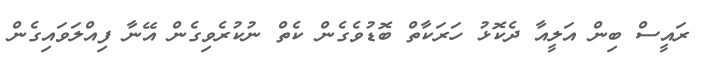
ރައީސް ބިން އަލީއާ ދެކޮޅު ހަރަކާތް ބޮޑުވެގެން ކެތް ނުކުރެވިގެން އޭނާ ފިއްލަވައިގެން